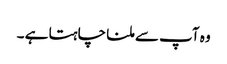
وہ آپ سے ملنا چاہتا ہے ۔